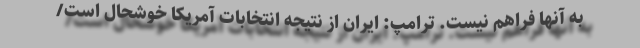
به آنها فراهم نیست. ترامپ: ایران از نتیجه انتخابات آمریکا خوشحال است/